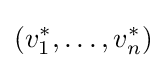
\left(v_{1}^{*},\ldots ,v_{n}^{*}\right)